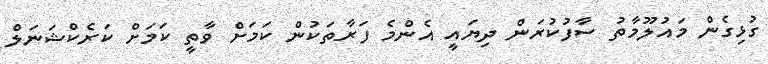
ގުޅިގެން މައުލޫމާތު ސާފުކުރަން ދިޔައީ އެންމެ ފަރާތަކުން ކަމަށް ވާތީ ކަމަށް ކަރެކްޝަނަލް